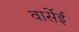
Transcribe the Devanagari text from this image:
वार्सेई